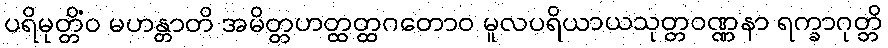
ပရိမုတ္တိံဝ မဟန္တာတိ အမိတ္တဟတ္ထတ္ထဂတောဝ မူလပရိယာယသုတ္တဝဏ္ဏနာ ရက္ခာဂုတ္တိ